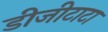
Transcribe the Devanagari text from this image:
डीजीटाटा